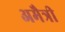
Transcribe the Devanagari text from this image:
अमैत्री